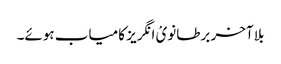
بلا آخر برطانویْ انگریز کامیاب ہوئے۔